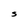
Character: S